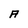
Character: A